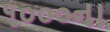
૧૦૦૦ના